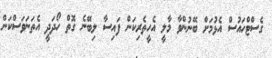
ގެސްޓްހައުސް އެޅުމަށް ބޭނުންވާ މާލީ އެހީތެރިކަން ފައިސާ ލިބޭނެ ގޮތް ހޯދަދީ އެތަނަވަސްކަން